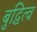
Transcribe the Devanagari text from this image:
बुद्धित्व